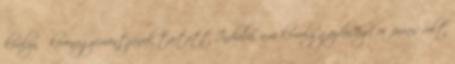
királynő koronagyémántjának tartott Indiába, ami komoly gazdasági erőforrás volt